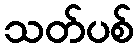
သတ်ပစ်